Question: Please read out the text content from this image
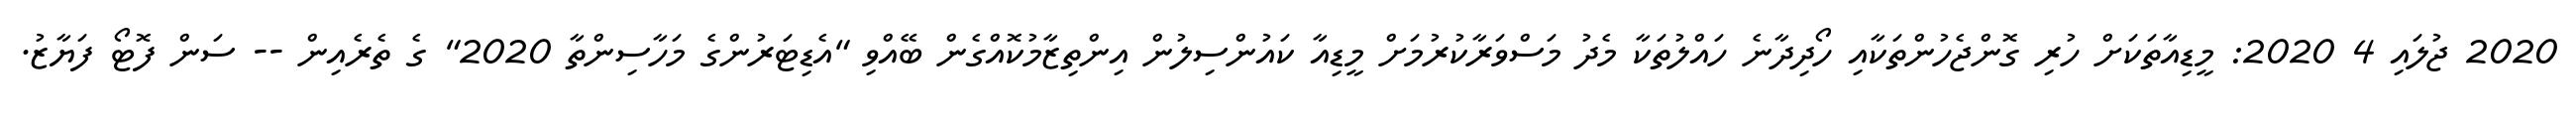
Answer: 2020 ޖުލައި 4 2020: މީޑިއާތަކަށް ހުރި ގޮންޖެހުންތަކާއި ހޯދިދާނެ ހައްލުތަކާ މެދު މަސްވަރާކުރުމަށް މީޑިއާ ކައުންސިލުން އިންތިޒާމުކޮއްގެން ބޭއްވި "އެޑިޓަރުންގެ މަހާސިންތާ 2020" ގެ ތެރެއިން -- ސަން ފޮޓޯ ފަޔާޒު.